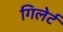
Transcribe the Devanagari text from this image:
गिलेर्ट